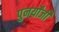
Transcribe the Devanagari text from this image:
पुनर्योंजी